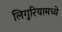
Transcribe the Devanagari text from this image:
लिगुरियामध्ये